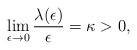
\begin{align*}\lim_{\epsilon \rightarrow 0} \frac{\lambda(\epsilon)}{\epsilon}=\kappa>0,\end{align*}